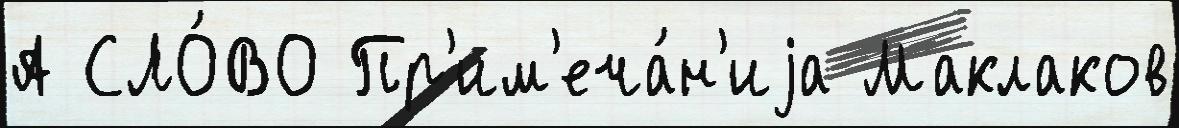
А СЛО́ВО Пр'им'еча́н'иjа Маклаков